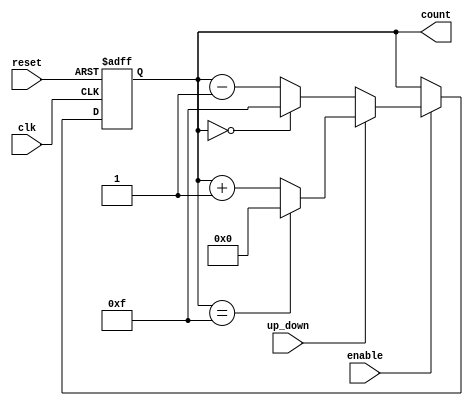
module UpDownCounter (
    input wire clk,             // Clock signal
    input wire reset,           // Asynchronous reset signal
    input wire up_down,         // Control signal for counting direction
    input wire enable,          // Enable signal for counting
    output reg [3:0] count      // 4-bit counter output
);

    // Initial value for the counter
    initial begin
        count = 4'b0000;        // Set initial count to 0
    end

    // Always block for sequential logic
    always @(posedge clk or posedge reset) begin
        if (reset) begin
            count <= 4'b0000;    // Reset counter to 0
        end else if (enable) begin
            if (up_down) begin
                if (count == 4'b1111) begin
                    count <= 4'b0000;  // Wrap around on overflow
                end else begin
                    count <= count + 1; // Increment counter
                end
            end else begin
                if (count == 4'b0000) begin
                    count <= 4'b1111;  // Wrap around on underflow
                end else begin
                    count <= count - 1; // Decrement counter
                end
            end
        end
    end

endmodule